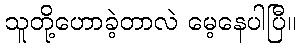
သူတို့ဟောခဲ့တာလဲ မေ့နေပါပြီ။